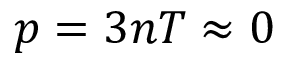
p = 3 n T \approx 0